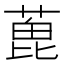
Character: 𦶃